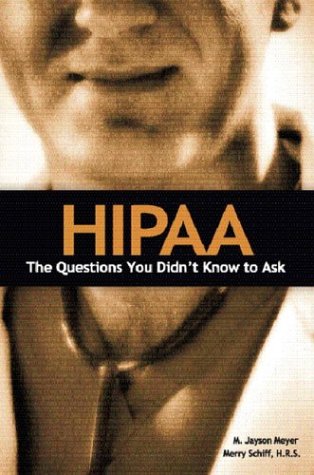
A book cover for HIPAA: The Questions You Didn't Know to Ask; Jason Meyer; Law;